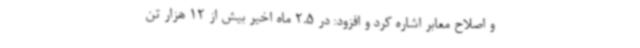
و اصلاح معابر اشاره کرد و افزود: در 2.5 ماه اخیر بیش از 12 هزار تن